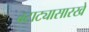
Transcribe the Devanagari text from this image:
बटाट्यासारखे